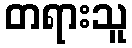
တရားသူ